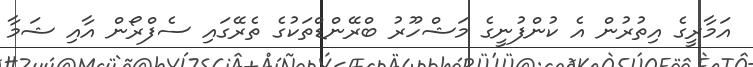
އަމާރީގެ އިތުރުން އެ ކުންފުނީގެ މަޝްހޫރު ބްރޭންޑްތަކުގެ ތެރޭގައި ސެފްރޯން އާއި ޝަމާ